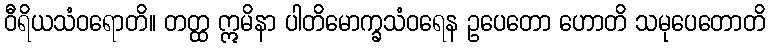
ဝီရိယသံဝရောတိ။ တတ္ထ ဣမိနာ ပါတိမောက္ခသံဝရေန ဥပေတော ဟောတိ သမုပေတောတိ